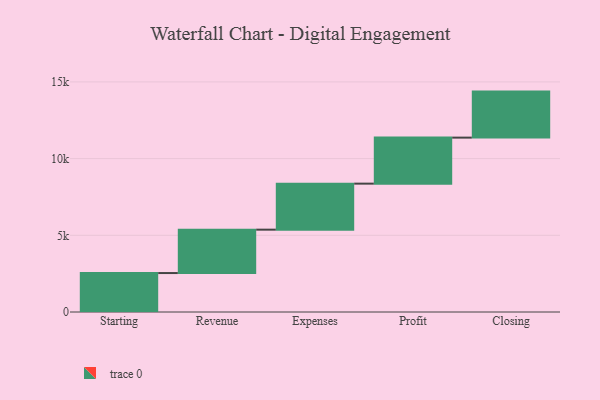
{"axis": {"x": "Step", "y": "Value"}, "legend": [""], "data": [{"x": "Starting", "y": 2539.0, "type": ""}, {"x": "Revenue", "y": 2829.0, "type": ""}, {"x": "Expenses", "y": 3000, "type": ""}, {"x": "Profit", "y": 3000, "type": ""}, {"x": "Closing", "y": 3000, "type": ""}]}